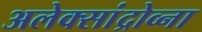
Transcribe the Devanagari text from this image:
अलेक्सांद्रोव्ना